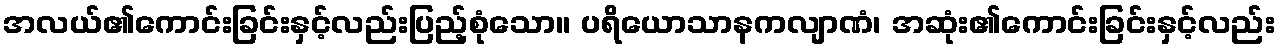
အလယ်၏ကောင်းခြင်းနှင့်လည်းပြည့်စုံသော။ ပရိယောသာနကလျာဏံ၊ အဆုံး၏ကောင်းခြင်းနှင့်လည်း